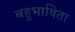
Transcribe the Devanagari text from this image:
बहुभाषिता